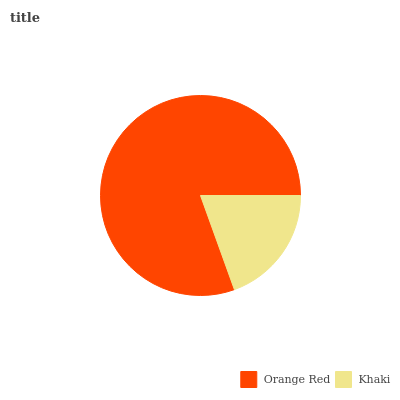
| Orange Red | Khaki |
 | --- | --- |
 | 80.4% | 19.6% |